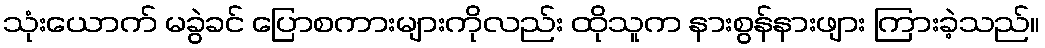
သုံးယောက် မခွဲခင် ပြောစကားများကိုလည်း ထိုသူက နားစွန်နားဖျား ကြားခဲ့သည်။